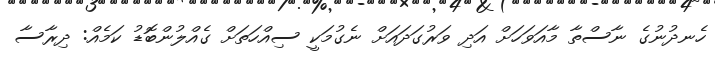
ހެނދުނުގެ ނާސްތާ މާއަވަހަށް އަދި ވަރުގަދައަށް ނެގުމަކީ ސިއްހަތަށް ގެއްލުންބޮޑު ކަމެއް: ދިރާސާ